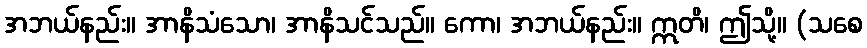
အဘယ်နည်း။ အာနိသံသော၊ အာနိသင်သည်။ ကော၊ အဘယ်နည်း။ ဣတိ၊ ဤသို့။ (သစေ